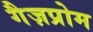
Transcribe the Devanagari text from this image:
गैज़प्रोम